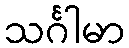
သင်္ဂါမာ